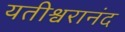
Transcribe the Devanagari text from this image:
यतीश्वरानंद